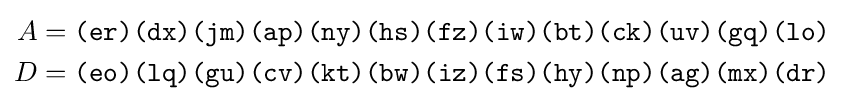
{\begin{aligned}A&={\texttt {(er)(dx)(jm)(ap)(ny)(hs)(fz)(iw)(bt)(ck)(uv)(gq)(lo)}}\\D&={\texttt {(eo)(lq)(gu)(cv)(kt)(bw)(iz)(fs)(hy)(np)(ag)(mx)(dr)}}\\\end{aligned}}